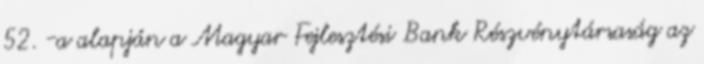
52. -a alapján a Magyar Fejlesztési Bank Részvénytársaság az